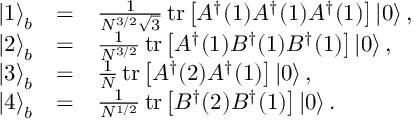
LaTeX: \begin{array} { l c l } { { \left| 1 \right\rangle _ { b } } } & { { = } } & { { \frac { 1 } { N ^ { 3 / 2 } \sqrt { 3 } } \, \mathrm { t r } \left[ A ^ { \dagger } ( 1 ) A ^ { \dagger } ( 1 ) A ^ { \dagger } ( 1 ) \right] \left| 0 \right\rangle , } } \\ { { \left| 2 \right\rangle _ { b } } } & { { = } } & { { \frac { 1 } { N ^ { 3 / 2 } } \, \mathrm { t r } \left[ A ^ { \dagger } ( 1 ) B ^ { \dagger } ( 1 ) B ^ { \dagger } ( 1 ) \right] \left| 0 \right\rangle , } } \\ { { \left| 3 \right\rangle _ { b } } } & { { = } } & { { \frac { 1 } { N } \, \mathrm { t r } \left[ A ^ { \dagger } ( 2 ) A ^ { \dagger } ( 1 ) \right] \left| 0 \right\rangle , } } \\ { { \left| 4 \right\rangle _ { b } } } & { { = } } & { { \frac { 1 } { N ^ { 1 / 2 } } \, \mathrm { t r } \left[ B ^ { \dagger } ( 2 ) B ^ { \dagger } ( 1 ) \right] \left| 0 \right\rangle . } } \end{array}